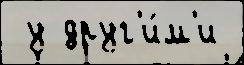
 у друг'и́м'и